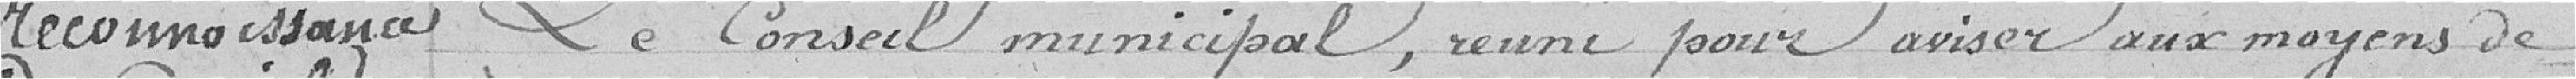
Reconnaissance - Le conseil municipal, réuni pour aviser aux moyens de